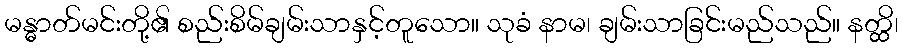
မန္ဓာတ်မင်းတို့၏ စည်းစိမ်ချမ်းသာနှင့်တူသော။ သုခံ နာမ၊ ချမ်းသာခြင်းမည်သည်။ နတ္ထိ၊